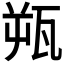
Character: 𬎫